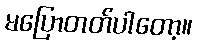
မပြောတတ်ပါတော့။